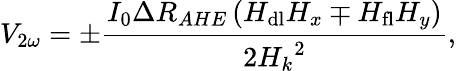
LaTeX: V_{2\omega}=\pm\frac{I_{0}\Delta R_{AHE}\left(H_{\mathrm{dl}}H_{x}\mp H_{\mathrm{fl}}H_{y}\right)}{2{H_{k}}^{2}},